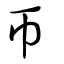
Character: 帀